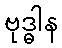
ဗုဒ္ဓါန